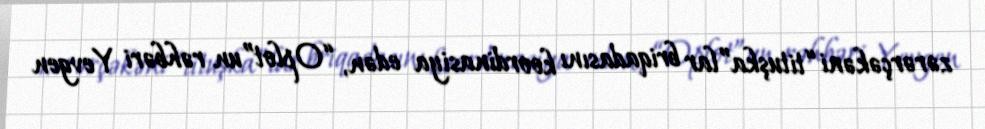
zərərçəkəni “tituşka”lar briqadasını koordinasiya edən, “Oplot”un rəhbəri Yevgen